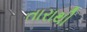
તારાથી